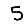
Digit: 5